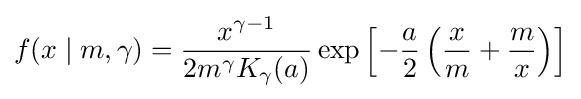
f(x\mid m,\gamma )={\frac {x^{\gamma -1}}{2m^{\gamma }K_{\gamma }(a)}}\exp \left[-{\frac {a}{2}}\left({\frac {x}{m}}+{\frac {m}{x}}\right)\right]